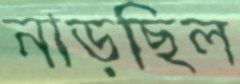
নাড়ছিল